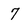
Character: 7